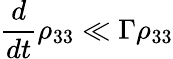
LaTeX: \frac{d}{dt}\rho_{33}\ll\Gamma\rho_{33}